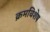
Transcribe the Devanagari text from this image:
क्रमविशेष